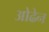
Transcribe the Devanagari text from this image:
ओढेन